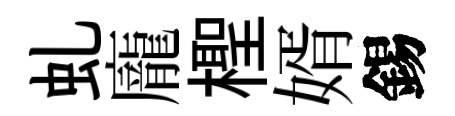
虬龐檉婿錫